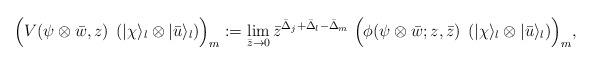
LaTeX: \begin{align*}\Bigl( V(\psi\otimes\bar{w},z)\;\left( |\chi\rangle_{l} \otimes|\bar{u}\rangle_{l}\right) \Bigr)_{m} : =\lim_{\bar{z}\rightarrow 0}\bar{z}^{\bar{\Delta}_{j} + \bar{\Delta}_{l} -\bar{\Delta}_{m}}\;\Bigl( \phi(\psi\otimes\bar{w};z,\bar{z})\;\left( |\chi\rangle_{l} \otimes|\bar{u}\rangle_{l} \right) \Bigr)_{m},\end{align*}